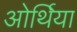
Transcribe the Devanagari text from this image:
ओर्थिया